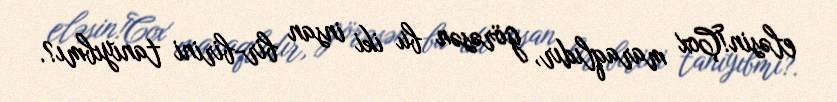
eləsin!Çox maraqlıdır, görəsən bu iki insan bir-birini tanıyıbmı?.